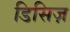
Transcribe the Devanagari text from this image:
डिसिज़